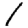
Digit: 1